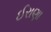
ઈરાણા